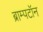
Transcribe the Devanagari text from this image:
ब्राम्पटॉन